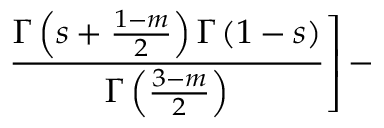
\left. \frac { \Gamma \left( s + \frac { 1 - m } { 2 } \right) \Gamma \left( 1 - s \right) } { \Gamma \left( \frac { 3 - m } { 2 } \right) } \right] -